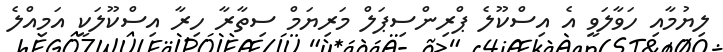
ލިޔުމާއި ހަވާލަވީ އެ އިސްކޫލެ ޕްރިންސިޕަލް މަރިޔަމް ސިތާރާ ހިރާ އިސްކޫލަކީ އަމިއްލެ